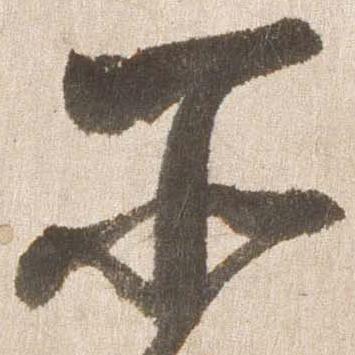
所